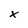
Character: x